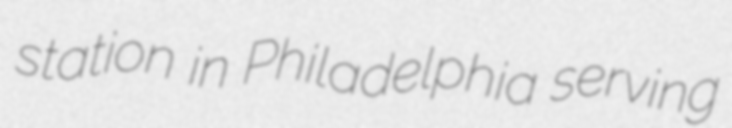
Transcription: station in Philadelphia serving